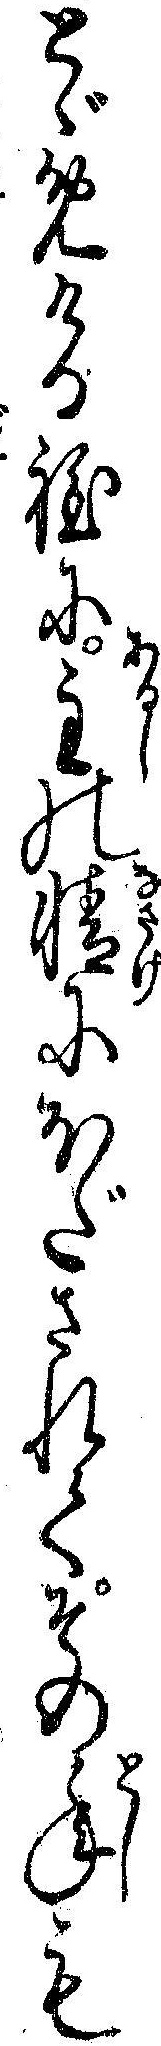
とゞめける程に主の情にほだされてその年も